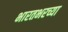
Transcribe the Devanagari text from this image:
भारतभरच्या